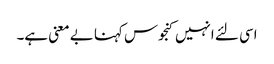
اسی لئے انہیں کنجوس کہنا بے معنی ہے۔